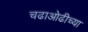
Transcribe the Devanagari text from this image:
चढाओढीच्या